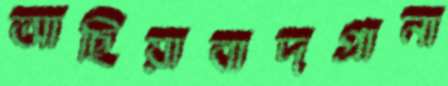
আছিয়াবাদগ্রানা